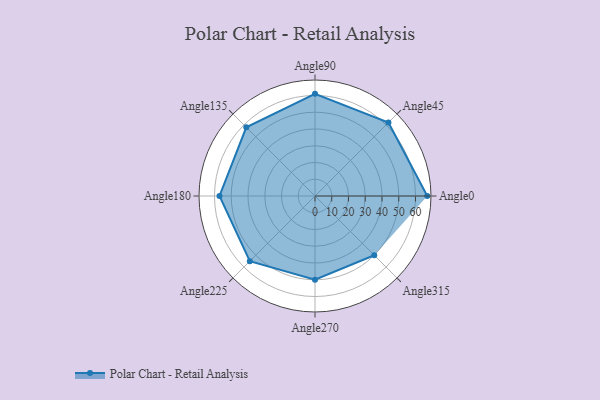
{"axis": {"x": "Angle", "y": "Radius"}, "legend": [""], "data": [{"x": "Angle0", "y": 67.0, "type": ""}, {"x": "Angle45", "y": 62.0, "type": ""}, {"x": "Angle90", "y": 61.0, "type": ""}, {"x": "Angle135", "y": 58.0, "type": ""}, {"x": "Angle180", "y": 57.0, "type": ""}, {"x": "Angle225", "y": 55.0, "type": ""}, {"x": "Angle270", "y": 50.0, "type": ""}, {"x": "Angle315", "y": 50, "type": ""}]}